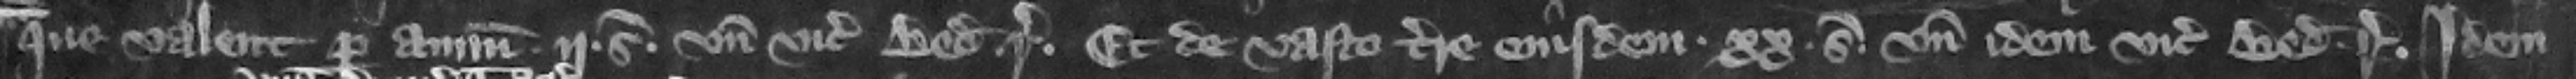
que valent per annum .ij. s.. vnde vicecomes Bedeford respondeat. Et de vasto terre eiusdem . Xx. S.. vnde idem vicecomes Bedeford respondeat. Idem